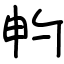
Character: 畃